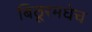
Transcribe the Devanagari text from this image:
बिठूरमधेच